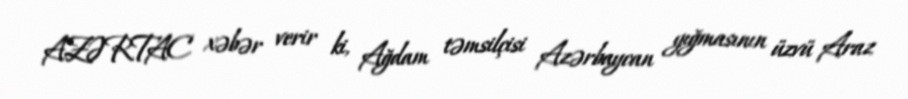
AZƏRTAC xəbər verir ki, Ağdam təmsilçisi Azərbaycan yığmasının üzvü Araz